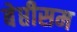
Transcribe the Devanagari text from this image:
बेप्तीसम